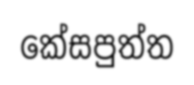
කේසපුත්ත